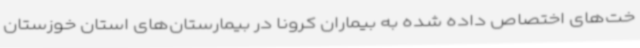
خت‌های اختصاص داده شده به بیماران کرونا در بیمارستان‌های استان خوزستان